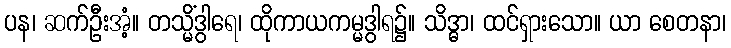
ပန၊ ဆက်ဦးအံ့။ တသ္မိံဒွါရေ၊ ထိုကာယကမ္မဒွါရ၌။ သိဒ္ဓာ၊ ထင်ရှားသော။ ယာ စေတနာ၊